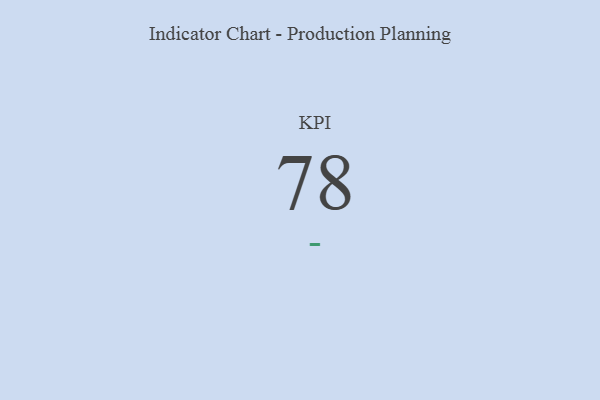
{"axis": {"x": "KPI", "y": "Value"}, "legend": [""], "data": [{"x": "KPI", "y": 78, "type": ""}]}